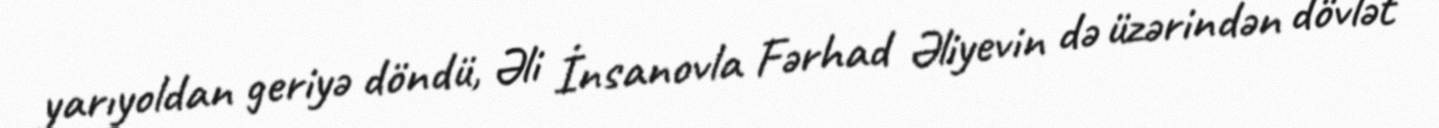
yarıyoldan geriyə döndü, Əli İnsanovla Fərhad Əliyevin də üzərindən dövlət